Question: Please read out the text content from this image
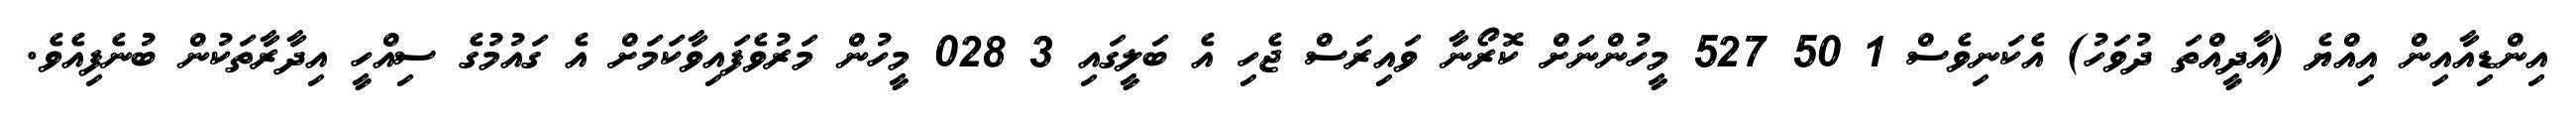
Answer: އިންޑިއާއިން އިއްޔެ (އާދީއްތަ ދުވަހު) އެކަނިވެސް 1 50 527 މީހުންނަށް ކޮރޯނާ ވައިރަސް ޖެހި އެ ބަލީގައި 3 028 މީހުން މަރުވެފައިވާކަމަށް އެ ގައުމުގެ ސިއްހީ އިދާރާތަކުން ބުނެފިއެވެ.